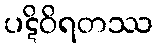
ပဋိဝိရတဿ